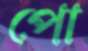
পো